Vabadussoja_Ajaloo_Komitee, lk 28
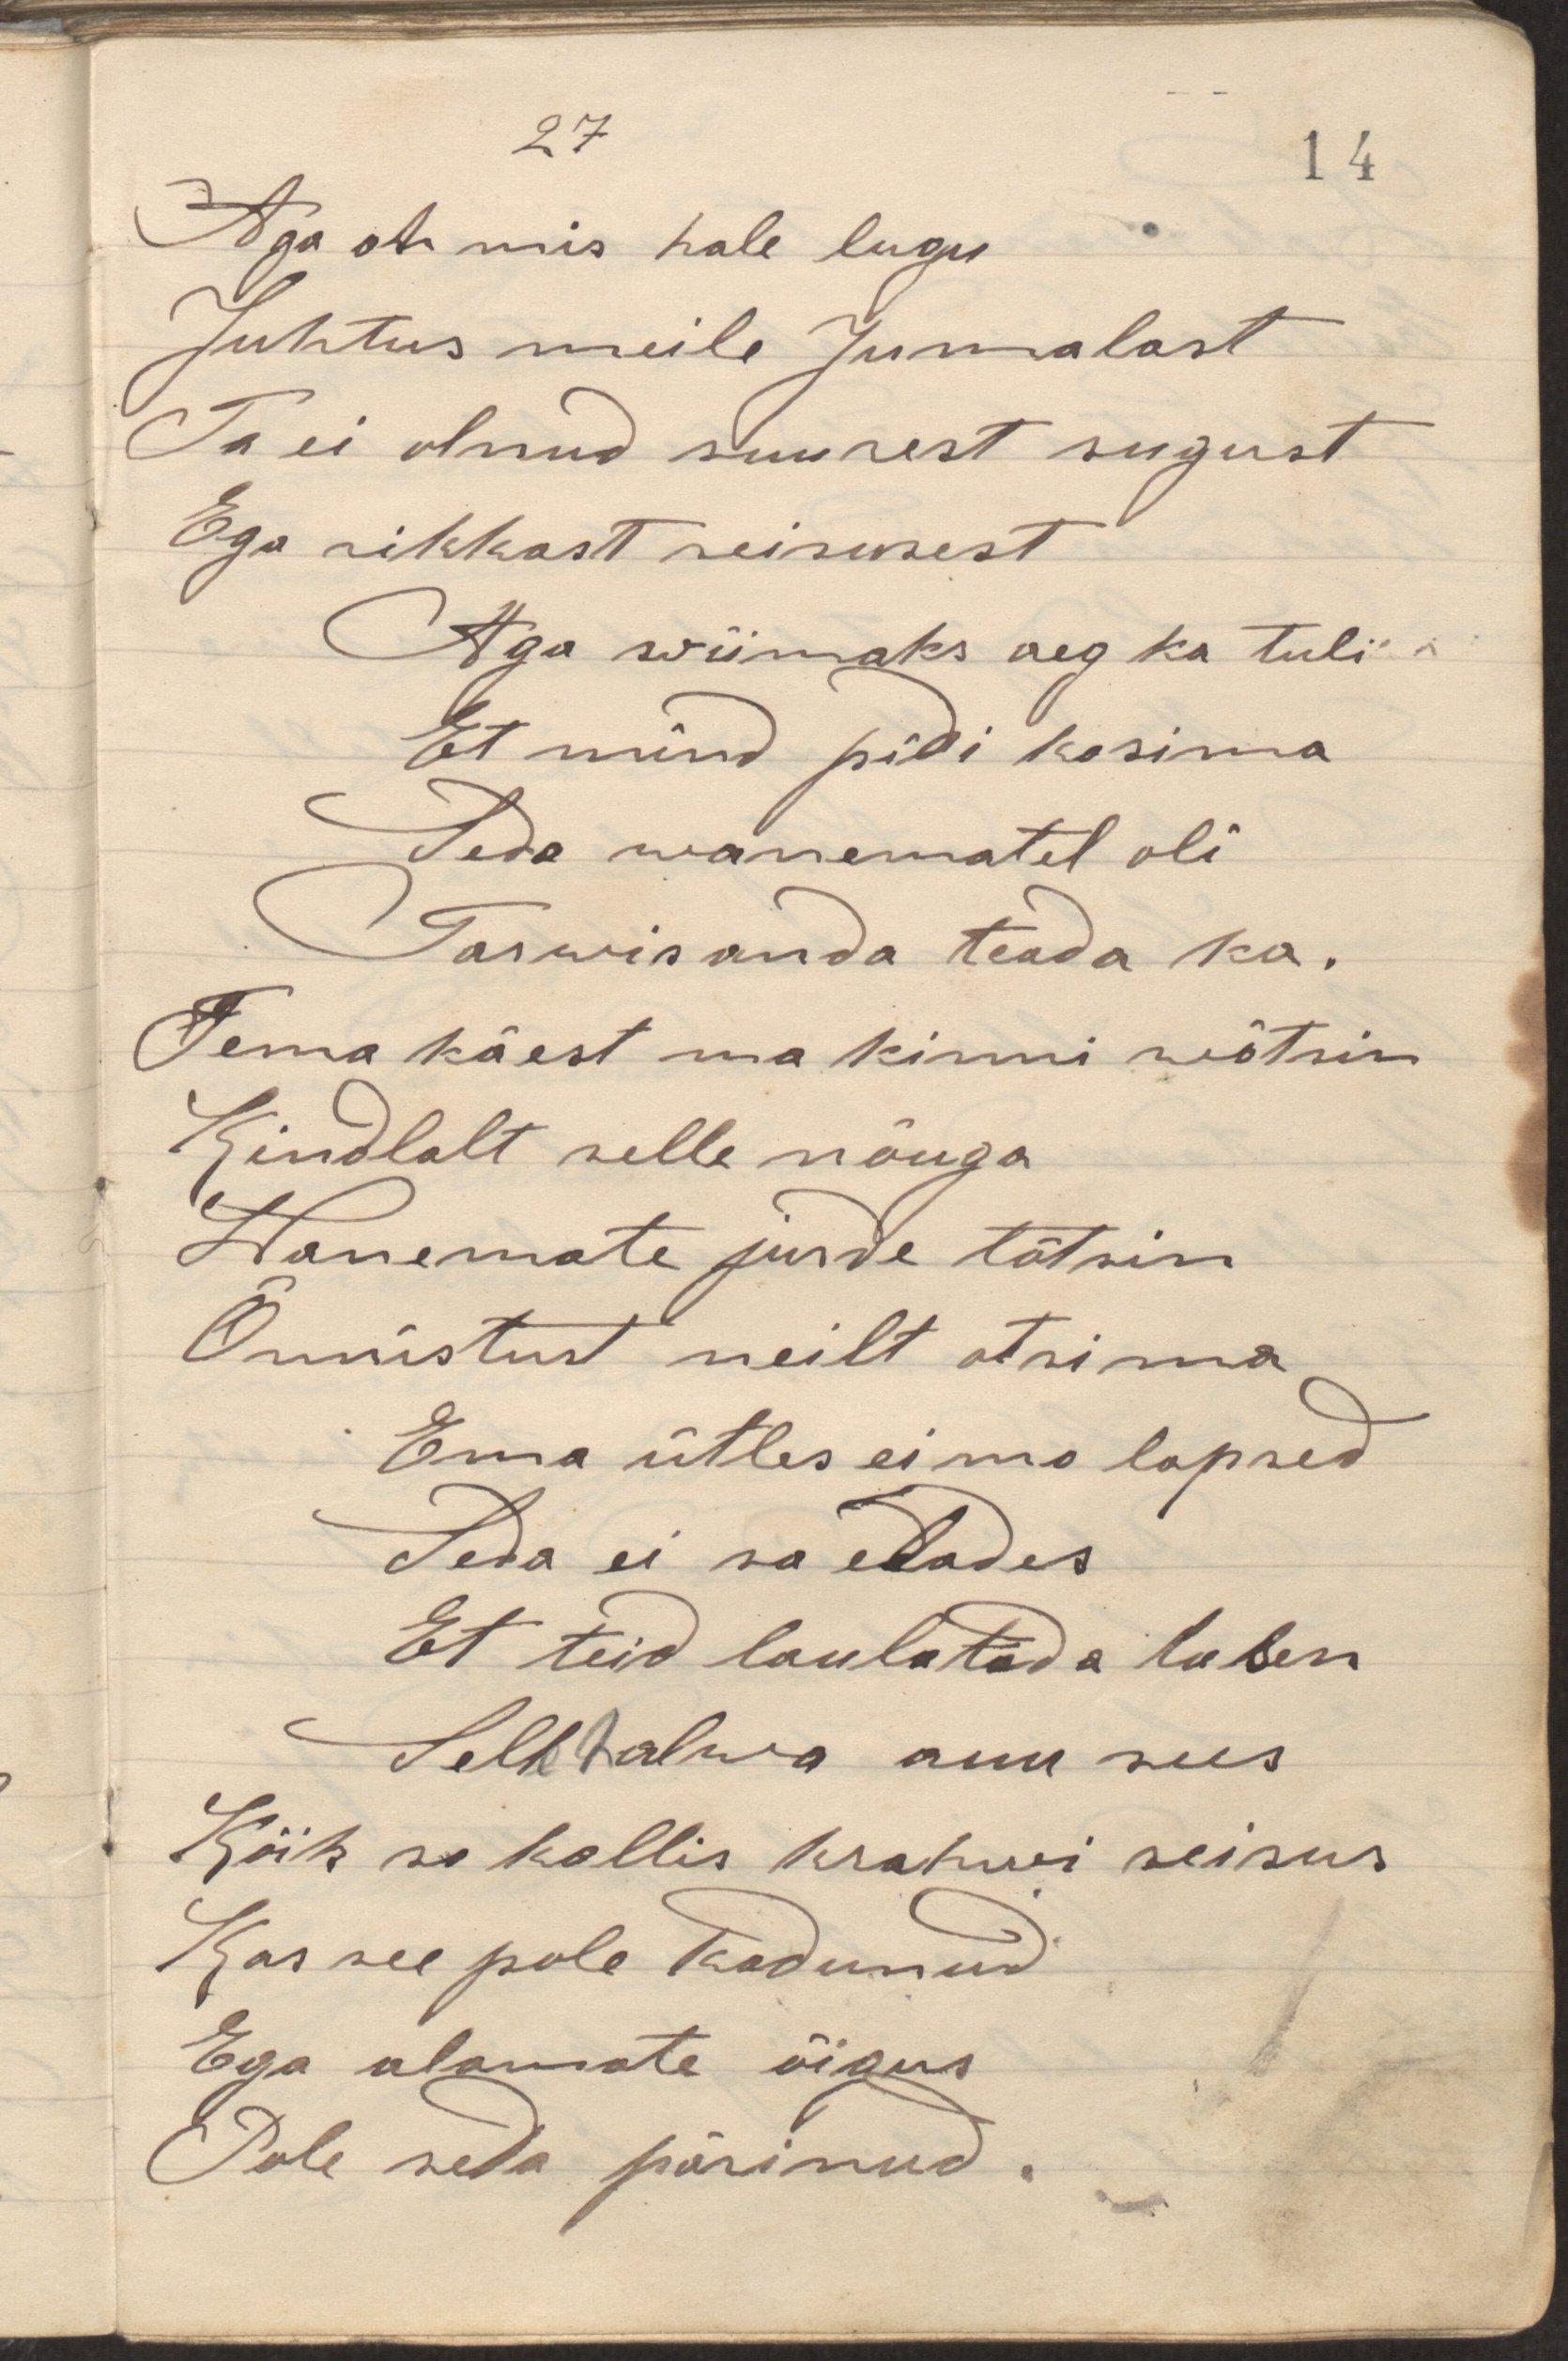
Aga oh mis hale lugu
Juhtus meile Jumalast
Ta ei olnud suurest sugust
Ega rikkast seisusest
Aga wiimaks aeg ka tuli
Et mind pidi kosima
Seda wanematel oli
Tarwis anda teada ka.
Tema käest ma kinni wõtsin
Kindlalt selle näuga
Wanemate jurde tõtsin
Õnnistust neilt otsima
Ema ütles ei mu lapsed
Teda ei sa elades
Et teid laulatada luban
Selle halva auu sees
Kõik su kallis krahwi seisus
Kas see pole kadunud
Ega alamate õigus
Pole seda pärinud.